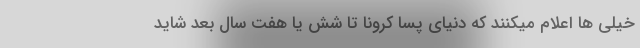
خیلی ها اعلام میکنند که دنیای پسا کرونا تا شش یا هفت سال بعد شاید